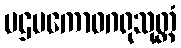
ပဌမကောဓဂရုသုတ္တံ